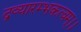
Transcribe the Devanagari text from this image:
द्रव्यारम्भकत्वम्।।